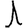
Digit: 1